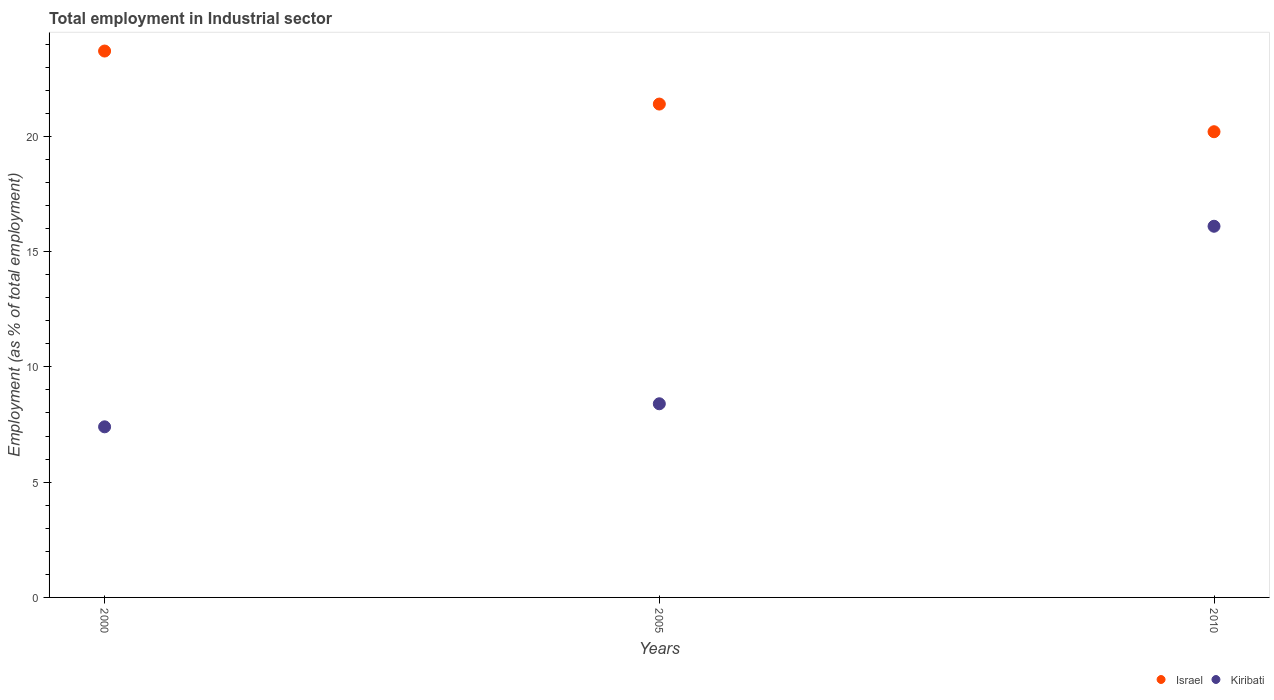
| Years | Israel | Kiribati |
 | --- | --- | --- |
 | 2000 | 23.7 | 7.4 |
 | 2005 | 21.4 | 8.4 |
 | 2010 | 20.2 | 16.1 |